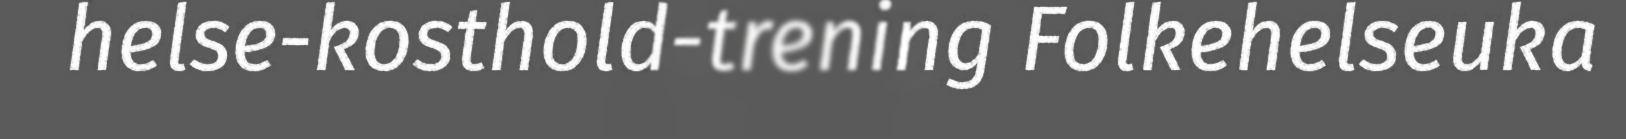
helse-kosthold-trening Folkehelseuka